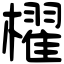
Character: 櫂